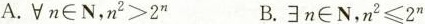
A. $$\foralln \in N , n ^ { 2 }> 2 ^ { n }$$ B. $$\existsn \in N , n ^ { 2 }\leq 2 ^ { n }$$